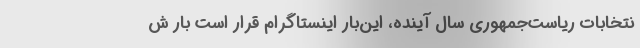
نتخابات رياست‌جمهوري سال آينده، اين‌بار اينستاگرام قرار است بار ش